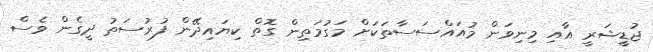
ޖުޑީޝަރީ އާއި މިނިވަން މުއައްސަސާތަކަށް މަގުމަތިން ގޮތް ކިޔައިދޭން ފުރުސަތު ދީގެން ވެސް